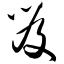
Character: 笈